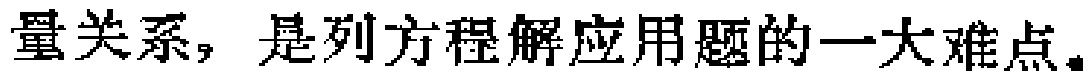
量关系，是列方程解应用题的一大难点。